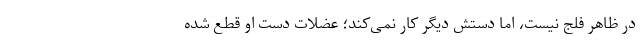
در ظاهر فلج نیست، اما دستش دیگر کار نمی‌کند؛ عضلات دست او قطع شده